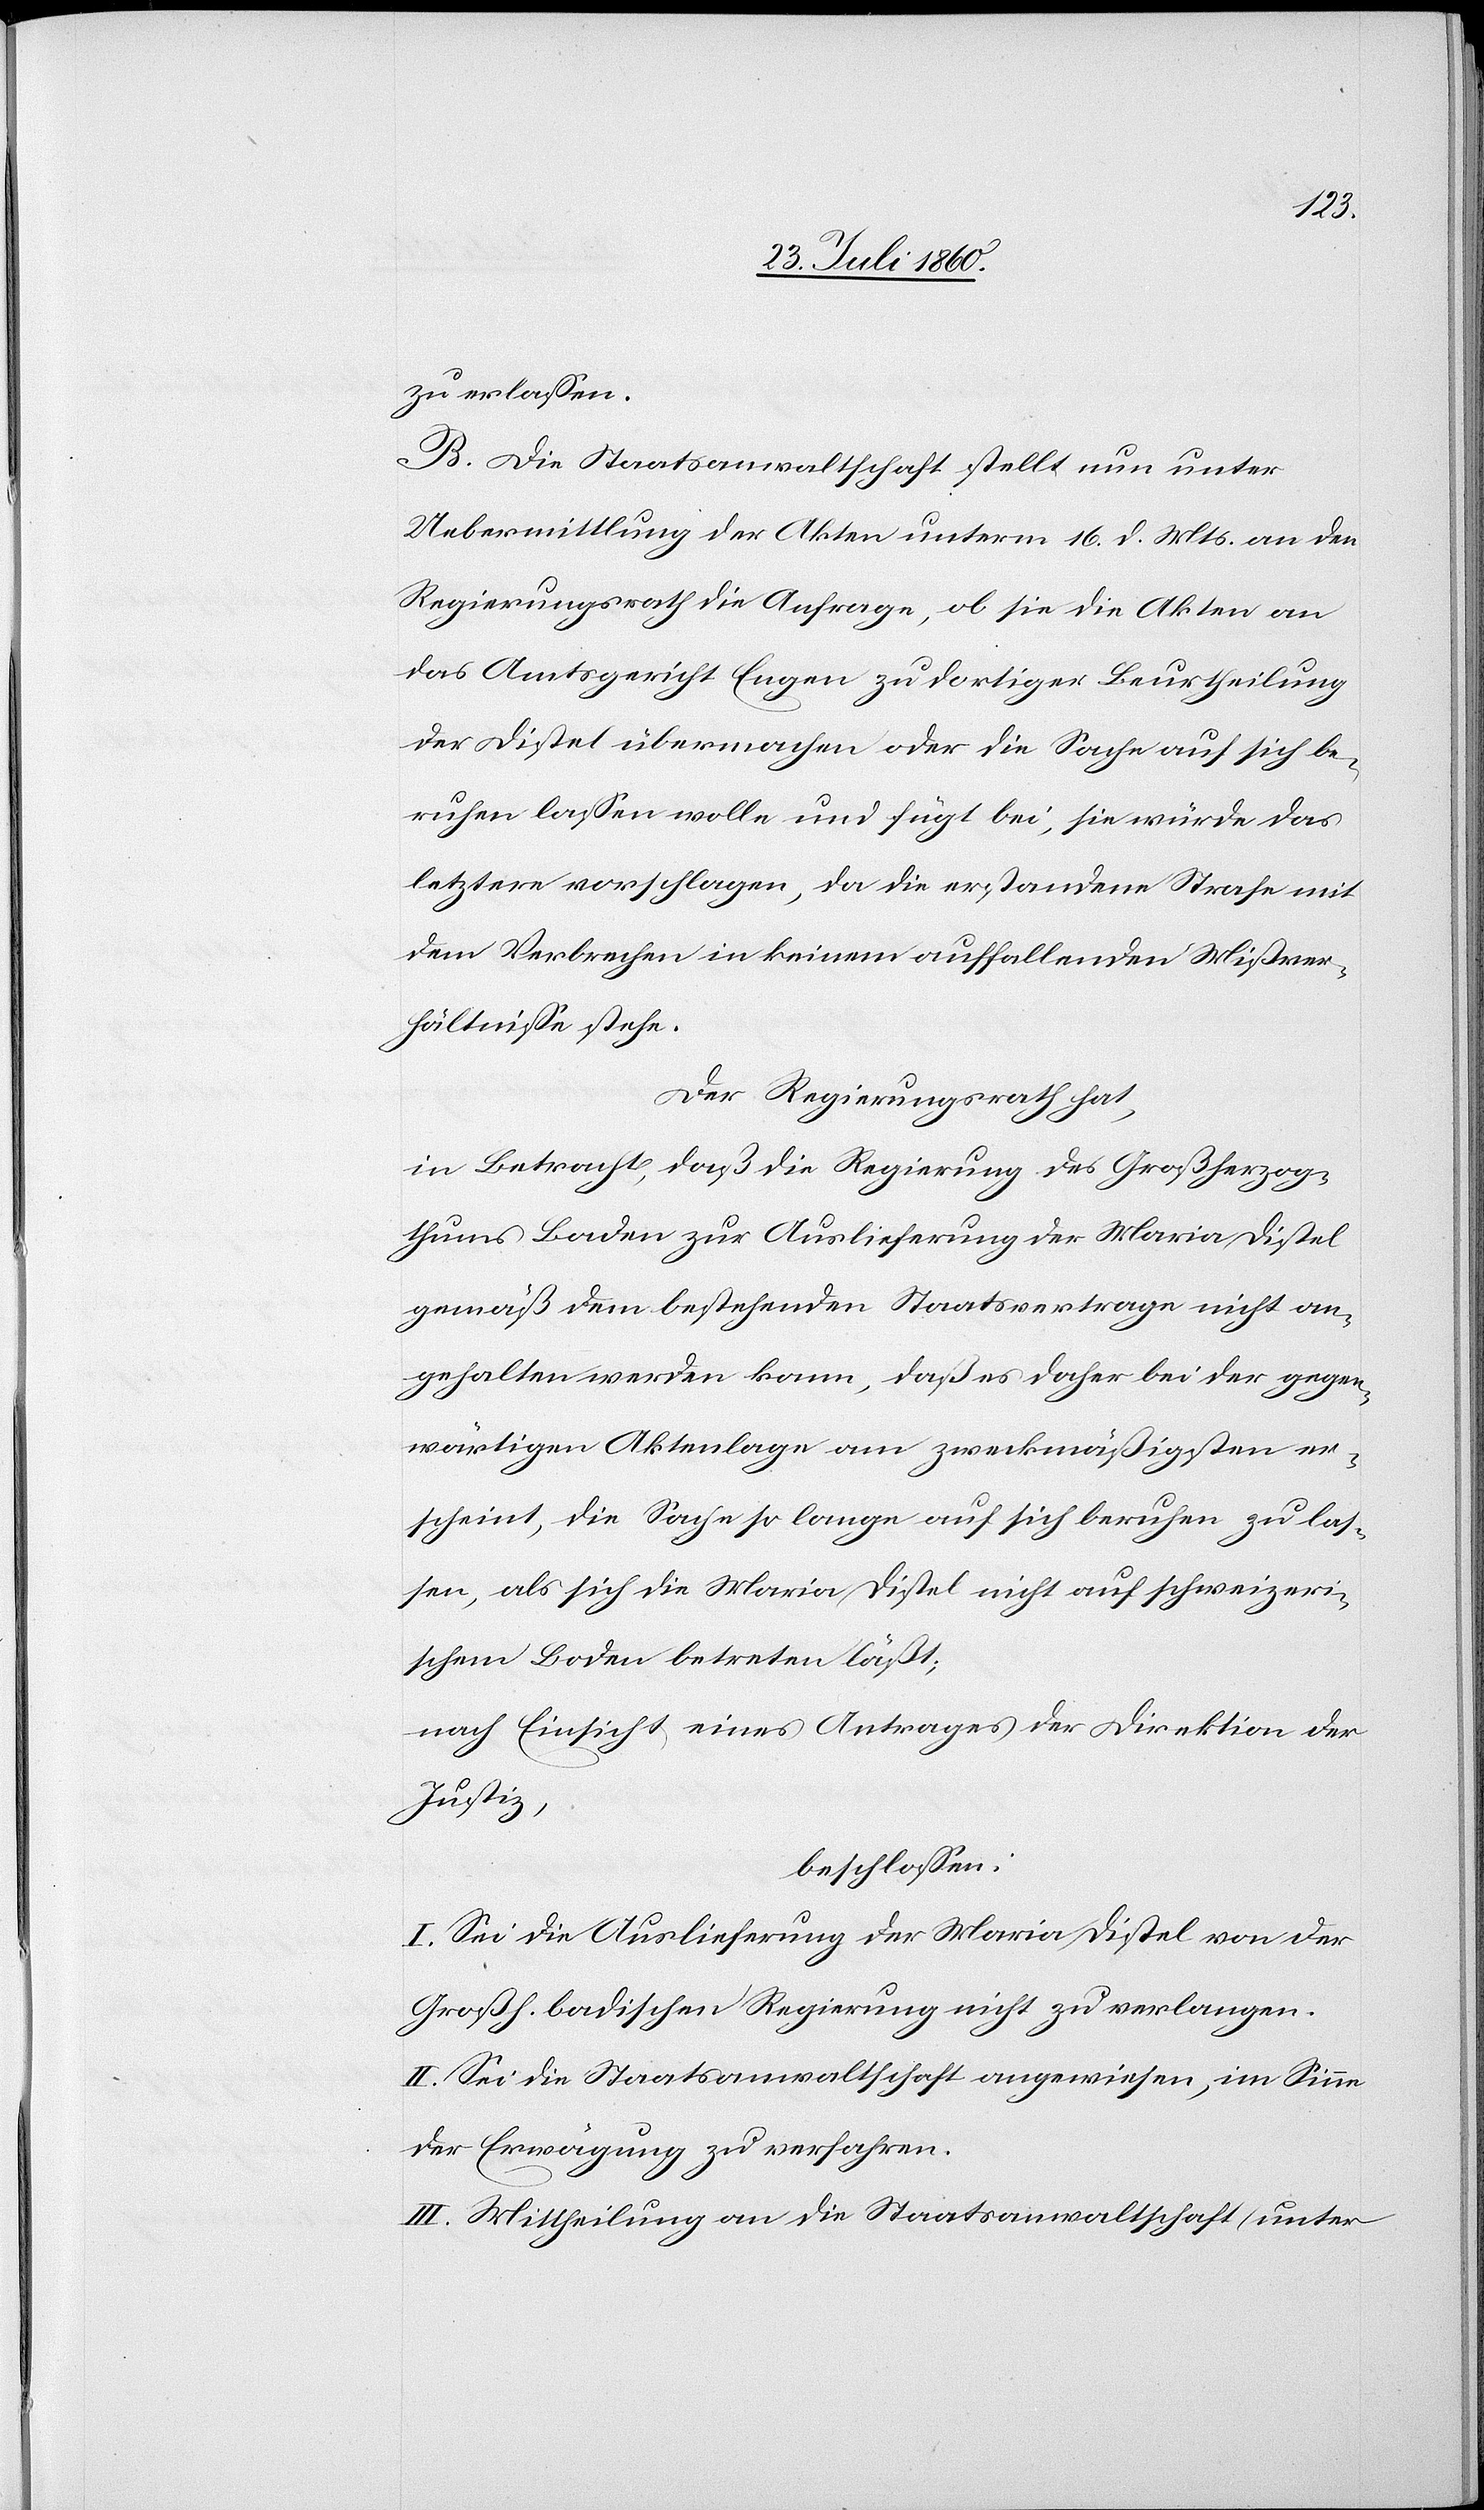
zu erlassen.
B. Die Staatsanwaltschaft stellt nun unter
Uebermittlung der Akten unterm 16. d. Mts. an den
Regierungsrath die Anfrage, ob sie die Akten an
das Amtsgericht Engen zu dortiger Beurtheilung
der Distel übermachen oder die Sache auf sich be¬
ruhen lassen wolle und fügt bei, sie würde das
letztere vorschlagen, da die erstandene Strafe mit
dem Verbrechen in keinem auffallenden Mißver¬
hältnisse stehe.
Der Regierungsrath hat,
in Betracht, daß die Regierung des Großherzog¬
thums Baden zur Auslieferung der Maria Distel
gemäss dem bestehenden Staatsvertrage nicht an¬
gehalten werden kann, dass es daher bei der gegen¬
wärtigen Aktenlage am zweckmäßigsten er¬
scheint, die Sache so lange auf sich beruhen zu las¬
sen, als sich die Maria Distel nicht auf schweizeri¬
schem Boden betreten lässt,
nach Einsicht eines Antrages der Direktion der
Justiz,
beschlossen:
I. Sei die Auslieferung der Maria Distel von der
Grossh. Badischen Regierung nicht zu verlangen.
II. Sei die Staatsanwaltschaft angewiesen, im Sinne
der Erwägung zu verfahren.
III. Mittheilung a) an die Staatsanwaltschaft (unter